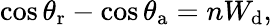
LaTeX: \cos\theta_{\mathrm{{r}}}-\cos\theta_{\mathrm{{a}}}=nW_{\mathrm{{d}}},